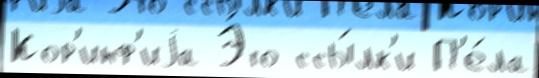
Кор'инф'иjа Э́то ссы́лк'и П'е́ла